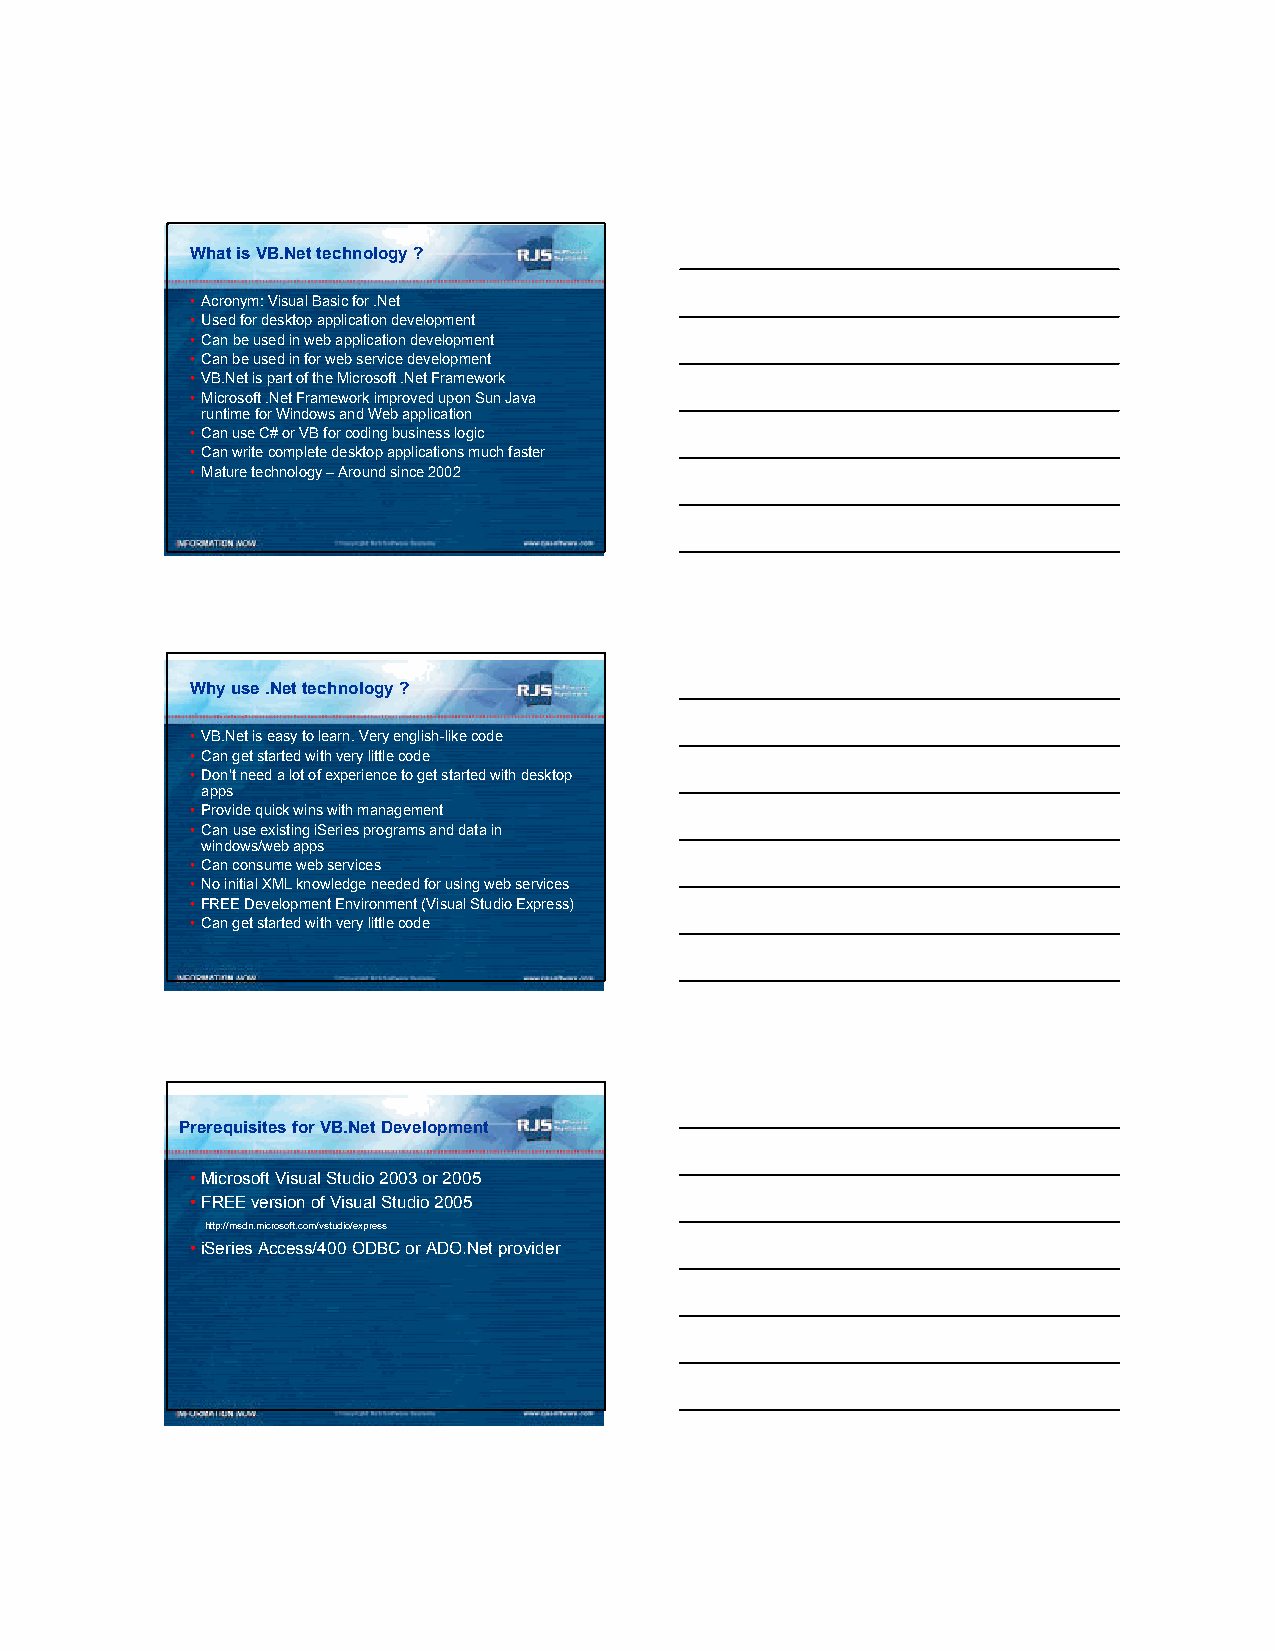
What is VB.Net technology ?
 •Acronym: Visual Basic for .Net
 •Used for desktop application development
 •Can be used in web application development
 •Can be used in for web service development
 •VB.Net is part of the Microsoft .Net Framework
 •Microsoft .Net Framework improved upon Sun Java
 runtime for Windows and Web application
 •Can use C# or VB for coding business logic
 •Can write complete desktop applications much faster
 •Mature technology –Around since 2002
 Why use .Net technology ?
 •VB.Net is easy to learn. Very english-like code
 •Can get started with very little code
 •Don’t need a lot of experience to get started with desktop
 apps
 •Provide quick wins with management
 •Can use existing iSeries programs and data in
 windows/web apps
 •Can consume web services
 •No initial XML knowledge needed for using web services
 •FREE Development Environment (Visual Studio Express)
 •Can get started with very little code
 Prerequisites for VB.Net Development
 •Microsoft Visual Studio 2003 or 2005
 •FREE version of Visual Studio 2005
 http://msdn.microsoft.com/vstudio/express
 •iSeries Access/400 ODBC or ADO.Net provider
 6